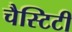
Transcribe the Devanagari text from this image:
चैस्टिटी